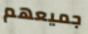
جميعهم